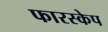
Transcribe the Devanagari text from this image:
फारस्केप